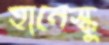
হানেস্কু